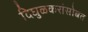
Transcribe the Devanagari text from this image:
दिघुळकरांसोबत